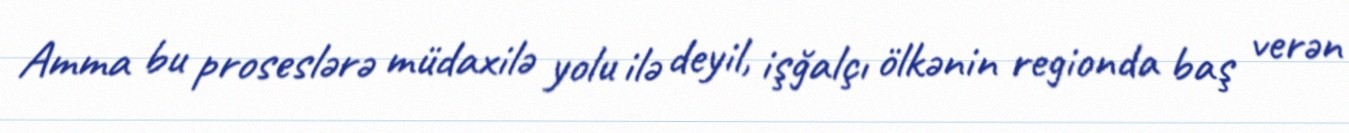
Amma bu proseslərə müdaxilə yolu ilə deyil, işğalçı ölkənin regionda baş verən